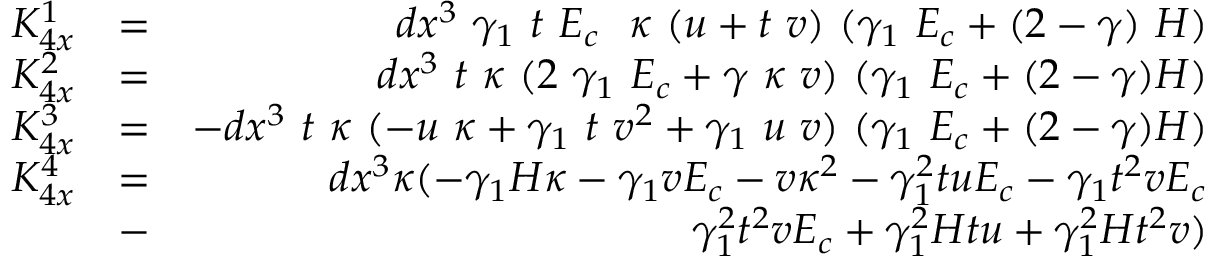
\begin{array} { r l r } { K _ { 4 x } ^ { 1 } } & { = } & { d x ^ { 3 } ~ \gamma _ { 1 } ~ t ~ E _ { c } ~ ~ \kappa ~ ( u + t ~ v ) ~ ( \gamma _ { 1 } ~ E _ { c } + ( 2 - \gamma ) ~ H ) } \\ { K _ { 4 x } ^ { 2 } } & { = } & { d x ^ { 3 } ~ t ~ \kappa ~ ( 2 ~ \gamma _ { 1 } ~ E _ { c } + \gamma ~ \kappa ~ v ) ~ ( \gamma _ { 1 } ~ E _ { c } + ( 2 - \gamma ) H ) } \\ { K _ { 4 x } ^ { 3 } } & { = } & { - d x ^ { 3 } ~ t ~ \kappa ~ ( - u ~ \kappa + \gamma _ { 1 } ~ t ~ v ^ { 2 } + \gamma _ { 1 } ~ u ~ v ) ~ ( \gamma _ { 1 } ~ E _ { c } + ( 2 - \gamma ) H ) } \\ { K _ { 4 x } ^ { 4 } } & { = } & { d x ^ { 3 } \kappa ( - \gamma _ { 1 } H \kappa - \gamma _ { 1 } v E _ { c } - v \kappa ^ { 2 } - \gamma _ { 1 } ^ { 2 } t u E _ { c } - \gamma _ { 1 } t ^ { 2 } v E _ { c } } \\ & { - } & { \gamma _ { 1 } ^ { 2 } t ^ { 2 } v E _ { c } + \gamma _ { 1 } ^ { 2 } H t u + \gamma _ { 1 } ^ { 2 } H t ^ { 2 } v ) } \end{array}